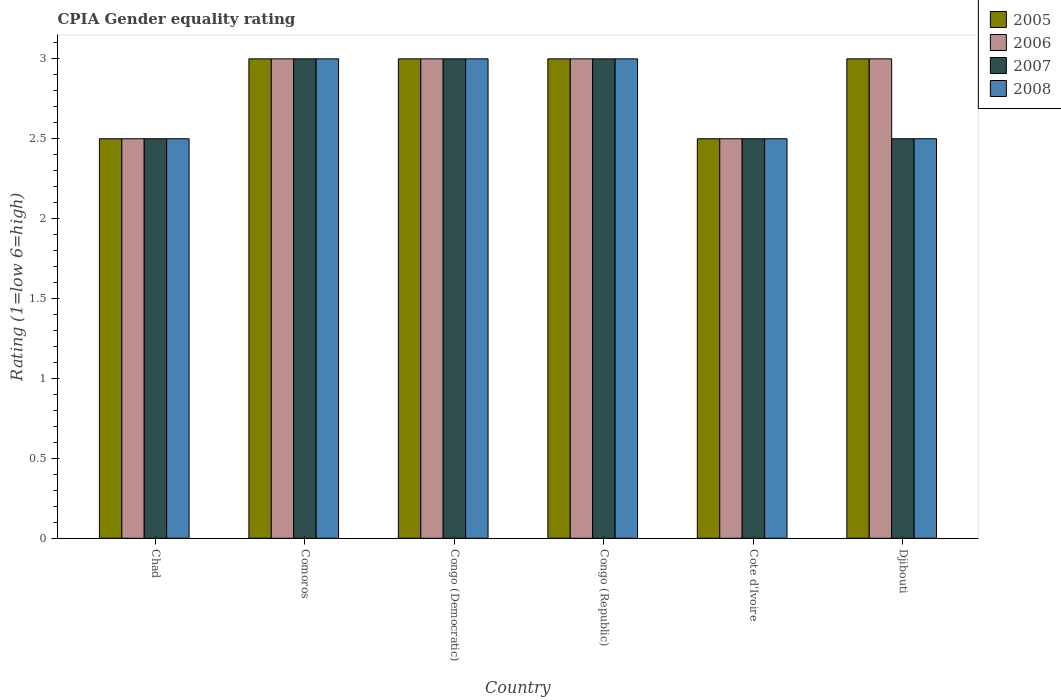
| Country | 2005 | 2006 | 2007 | 2008 |
 | --- | --- | --- | --- | --- |
 | Chad | 2.5 | 2.5 | 2.5 | 2.5 |
 | Comoros | 3 | 3 | 3 | 3 |
 | Congo (Democratic) | 3 | 3 | 3 | 3 |
 | Congo (Republic) | 3 | 3 | 3 | 3 |
 | Cote d'Ivoire | 2.5 | 2.5 | 2.5 | 2.5 |
 | Djibouti | 3 | 3 | 2.5 | 2.5 |